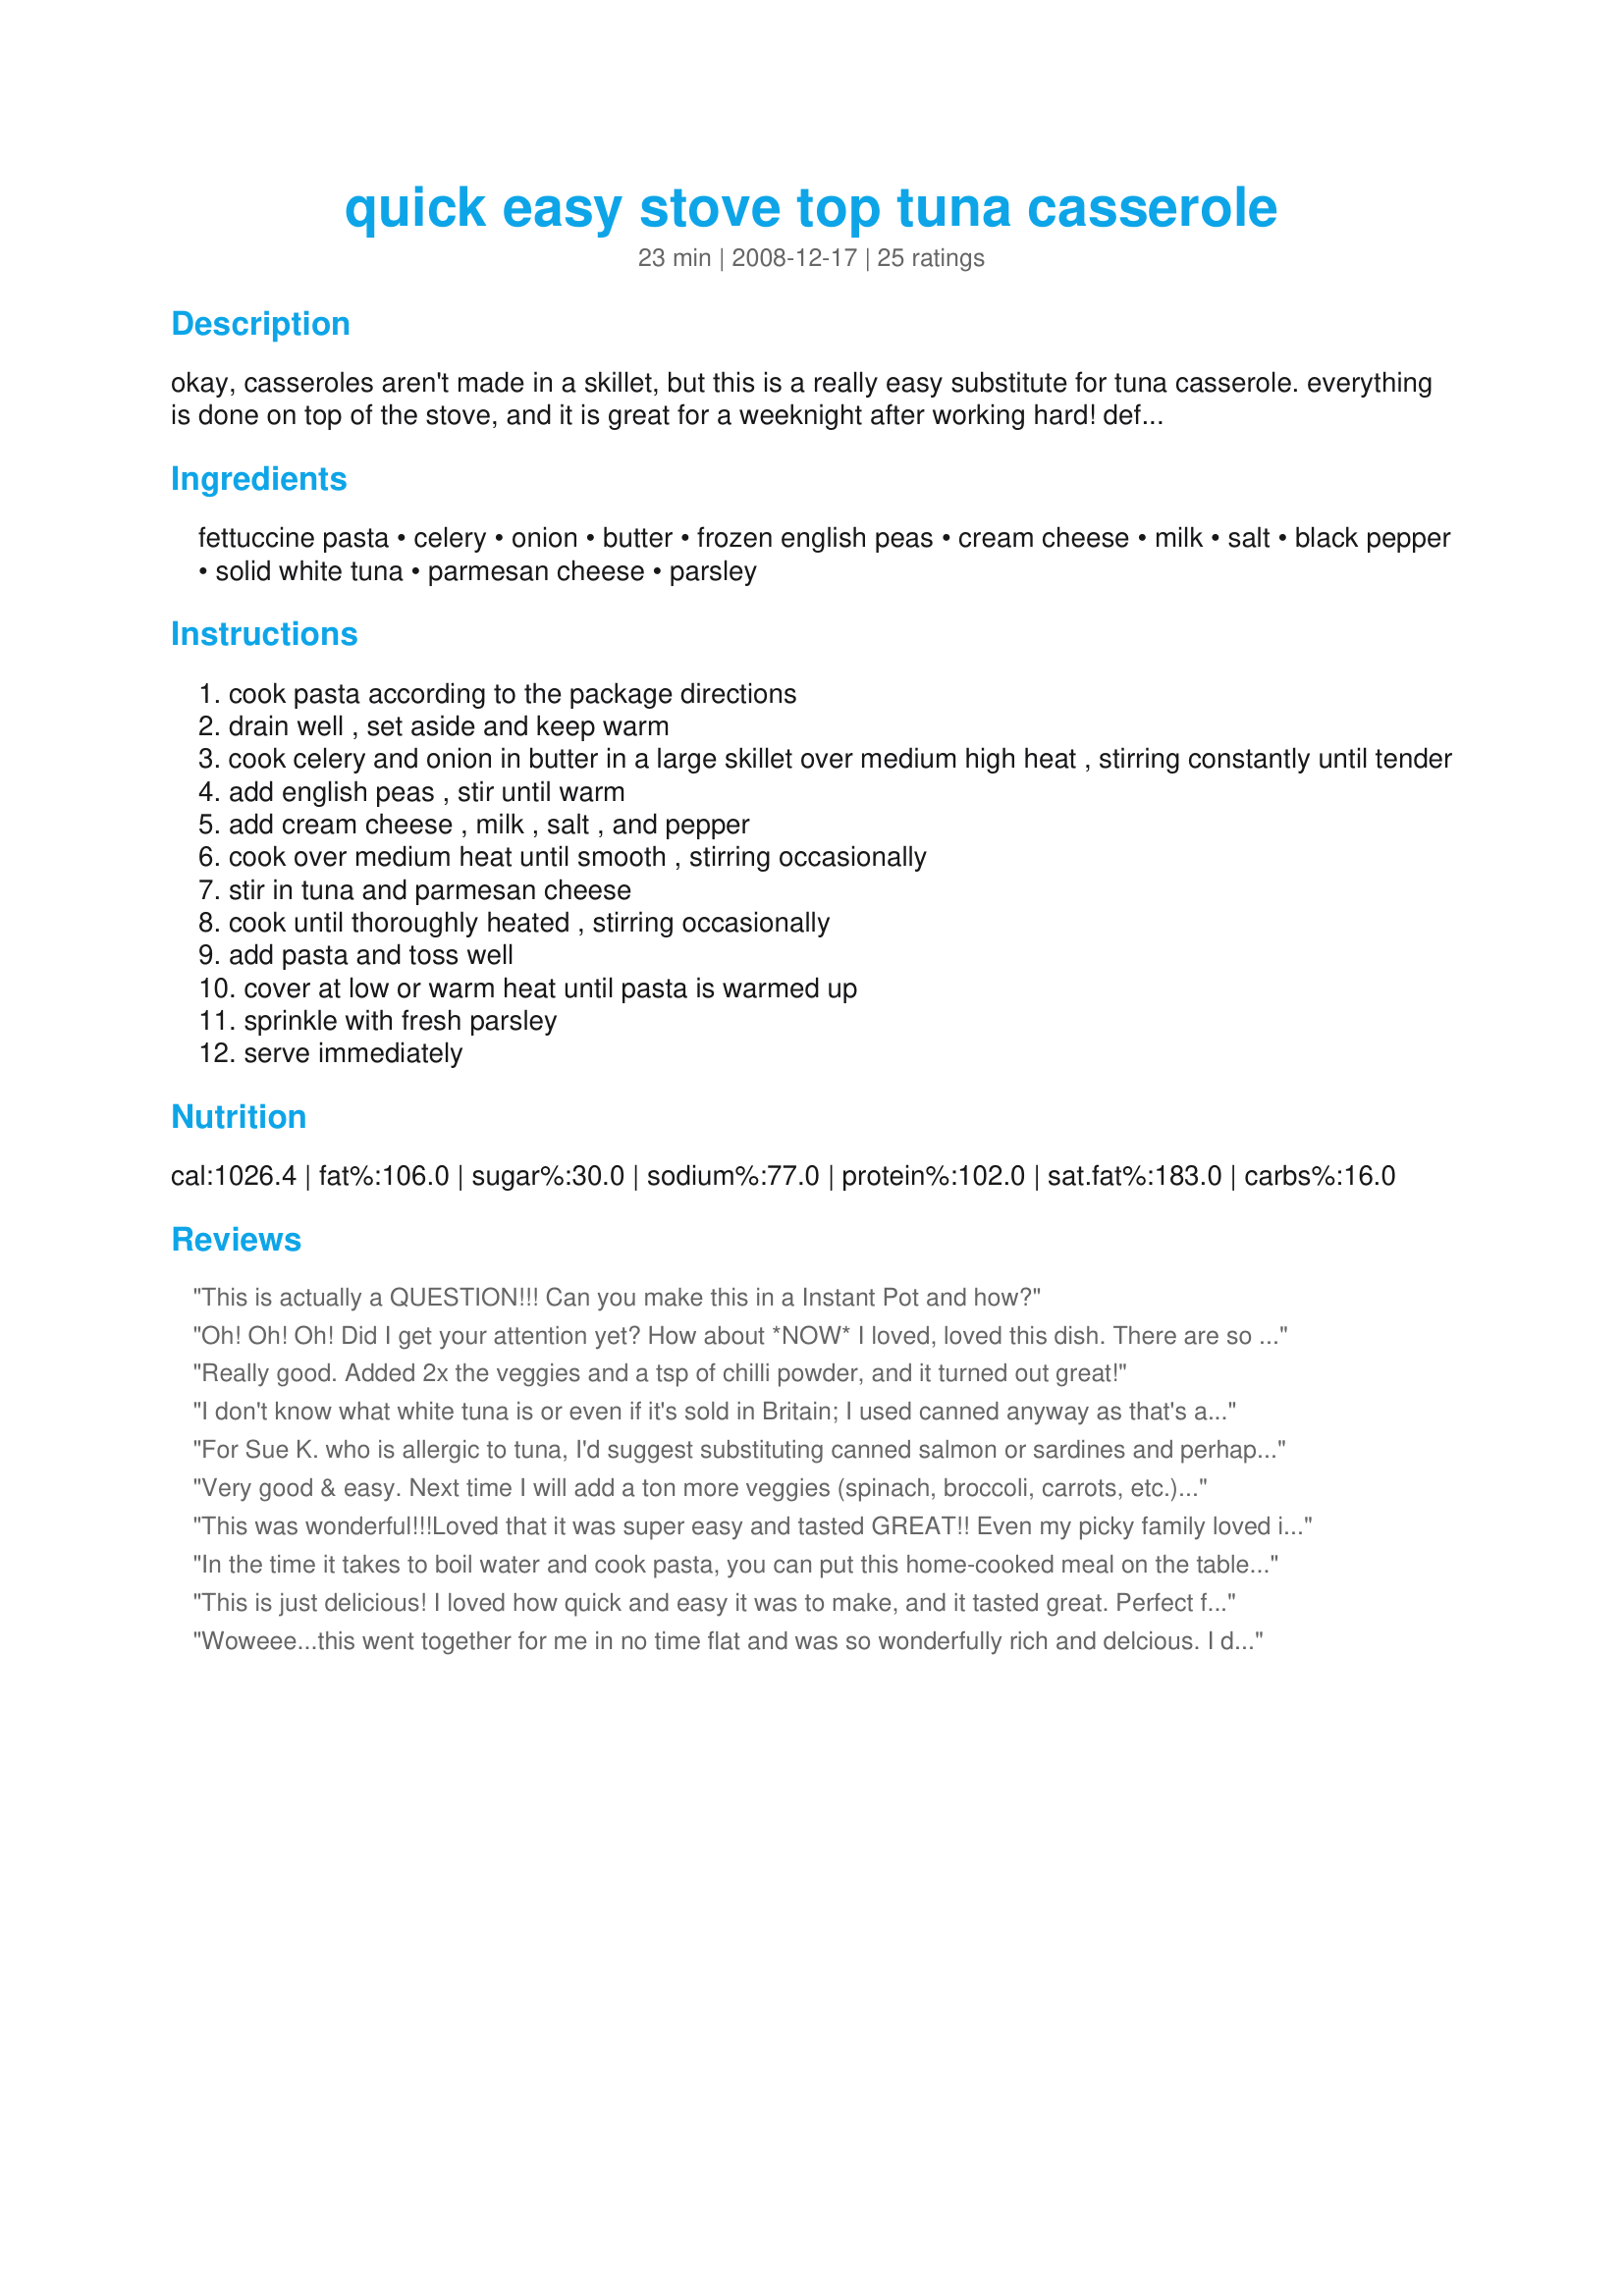
quick easy stove top tuna casserole
Preparation time: 23 minutes

okay, casseroles aren't made in a skillet, but this is a really easy substitute for tuna casserole. everything is done on top of the stove, and it is great for a weeknight after working hard! definitely not gourmet fare, so if that is what you are looking for, please don't try and review this recipe. this is just a simple, everyday quick and easy dinner.

Ingredients:
fettuccine pasta, celery, onion, butter, frozen english peas, cream cheese, milk, salt, black pepper, solid white tuna, parmesan cheese, parsley

Steps:
cook pasta according to the package directions
drain well , set aside and keep warm
cook celery and onion in butter in a large skillet over medium high heat , stirring constantly until tender
add english peas , stir until warm
add cream cheese , milk , salt , and pepper
cook over medium heat until smooth , stirring occasionally
stir in tuna and parmesan cheese
cook until thoroughly heated , stirring occasionally
add pasta and toss well
cover at low or warm heat until pasta is warmed up
sprinkle with fresh parsley
serve immediately

Reviews:
This is actually a QUESTION!!! Can you make this in a Instant Pot and how?
Oh! Oh! Oh! Did I get your attention yet? How about *NOW* I loved, loved this dish. There are so many things that are great about this great recipe by Breezermom. First, so wonderful going to your cupboard, taking out a tin of tuna, and knowing you have all the ingredients right in front of you. I followed this exactly, knowing I was on my way to a pleasurable, sit down, and come an' get it quick supper. Wait a minute! *Yikes* I did have everything cept' the peas. I hate to sub ingredients when reviewing, but in the case, I thought the broccoli would be a great addition, so hurried up, zapped them in the microwave, drained em' and put em' right in. Oh so tasty~ followed exactly from there, this doesn't need anything else except a fork. And a stick to keep everybody from grabbing it from you. Thanks, Breezermom, Made for your Grand Win! *Everyday Is A Holiday* 12 Days of Christmas! December 2008
Really good. Added 2x the veggies and a tsp of chilli powder, and it turned out great!
I don't know what white tuna is or even if it's sold in Britain; I used canned anyway as that's all I had when I saw this. I really fancied something cheesy &amp; pasta, so it really hit the spot!! Will make again with some variations/additions from the review section - tomorrow! I served with a salad that included mushrooms, heated in the microwave, just to room temp/warm, so as not to cool the pasta. The only suggestion as to cooking, I'd forget cooking the pasta first/setting aside, it takes twice as long that way; start cooking the rest of the ingredients as the pasta is cooking.
For Sue K. who is allergic to tuna, I'd suggest substituting canned salmon or sardines and perhaps add a little fish sauce...
Very good & easy. Next time I will add a ton more veggies (spinach, broccoli, carrots, etc.). Also, be sure to season well with salt & pepper, as it could be pretty bland without it. Thank you!
This was wonderful!!!Loved that it was super easy and tasted GREAT!! Even my picky family loved it. The only thing is.....I doubled the recipe to serve 4 and it was too much. This makes enough for 4 even though it says it serves 2. Will definately make again...........
In the time it takes to boil water and cook pasta, you can put this home-cooked meal on the table to please the family. I skinnied mine up a bit with ff cream cheese and whole wheat spaghetti. I also doubled the tuna and added a bit more milk and pasta to make another serving. We loved it and I have enough for lunch tomorrow! Made for Potluck Tag.
This is just delicious! I loved how quick and easy it was to make, and it tasted great. Perfect for when I don't have too much time to crank out a meal. My husband gave it 5 stars too. Thanks so much, this recipe is a real keeper!
Woweee...this went together for me in no time flat and was so wonderfully rich and delcious. I did omit the veggies per families request. The creamcheese is a lovely addition to the normal tunanoodle casserole. Thanks!~
Made for ZaarStars.
Yum! I got this together in 15 minutes flat for lunch! I didn't have celery so I grated a carrot in, which I will definitely do again. Lots of room for different veggies, almost anything would go. Used whole wheat egg noodles.
Made this for lunch yesterday but cut the recipe in half and left out the peas for taste preference. I was going between 4 and 5 stars on this one, as I felt the cream cheese was too overpowering, but loved that it was stove top made and uses ingredients I normally have on hand. I would definitely make again but would use a flavored cream cheese like FT did with the boursin cheese and cut it back in amount. Thanks for sharing breezermom. Made for holiday tag.
GORGEOUS and SO easy!!! Made today for lunch and VERY much enjoyed! I used spaghetti in place of fettuccine, and I am hanging on to this recipe, as it is PERFECT as a stand by for "what shall we have for lunch today" recipe! LOVED the addition of the cream cheese, I used Boursin left over from Christmas........and I added extra parmesan cheese, as we are real cheeseheads!! Made as the prize for Santa's Grotto in Holiday Tag - merci Breezer! FT:-)
I am sure this is yummy. When I was young this was a favorite winter dish. Unfortunately as an adult I developed some type of allergy and tuna was one of the first food items that caused an issue. No it is not a seafood allergy. I tried making tuna noodle casserole when I had that yen with chicken. It just does not get it. Someone needs to come up with eau of tuna (smell and taste LOL) for those of us that cannot eat it.
The hubby missed the mushrooms...that&#039;s a quick fix next time...we both thought it was very rich...and very filling...this makes at least 3-4 servings...I made it with homemade canned tuna...what I really enjoyed was the ease of preparation and how quickly it cooks...made this for dinner after getting home late...loved the crunch of the celery...made for FYC tag game...
What a great quick, easy and tasty meal! I love a dish you can get together quickly with pantry staples and this fit the bill. I used fat free cream cheese and only about 2/3 of what was called for and that was perfect for us. I had half a bag of peas in the freezer so I used that and it was probably a bit more than specified. Tasty and filling - a real weeknight winner - thanks for sharing the recipe!
I have to add my 5 stars to the rest. Simply delicious and simple to make. It's one of those recipes that you turn to when nothing is defrosted and you don't know what to make. I used fat free cream cheese, skim milk and multigrain pasta to trim back on the fat. Really Yummy!!
Super quick and easy to make. This is just perfect for those nights you need something quick for dinner and you hadn't really planned ahead. We didn't add the peas becase of DD preferences. Made for PRMR
Made for 123 tag.
Not much I can add that others have'nt already mentioned except to say...its simple tasty and quick to make!
Quick and easy supper but I felt the dish was too rich and heavy with 8 oz. of cream cheese--even with the reduced fat type I used. Prefer the traditional tuna casserole with a roux-based milk sauce.
What a great hot weather dish when you're feeling hungry and don't want to heat up the kitchen and all made - as French Tart and Andi have commented on - from staple ingredients. Except for adding some minced garlic in step two, I made this exactly to the recipe... well, I'm not entirely sure about the peas. It just said "frozen peas" on the packet, so I'm not sure that they were English! This was so creamy and flavoursome: a very satisfying meal. Thank you for sharing this recipe, breezermom. Made for Newest Zaar Tag.
We loved this! I'm always looking for new and quick weeknight dinners. This tastes fantastic and is so easy to make. Great flavour and it's just good, yummy food with nothing fancy!
Very tasty recipe. I doubled most ingredients except the dairy ingredients and came up with a great tasting &quot;casserole&quot;. Also added zucchini and yellow squash shreds (it is that time of year) instead of peas and again - terrific taste.
Made this for a 'quick & easy' lunch today. I've never added celery to a tuna casserole before, but loved the crunch it added. Thanks breezer for a great simple and tasty keeper. Made for Gimme 5 Tag.
I'm not a big fan of tuna, but for some reason I have a bunch of cans in my pantry, so I decided to try this recipe. I was pleasantly surprised. I really liked the flavor, and my husband ate it without dousing it in Tabasco, which he does to everything that he thinks it "too bland". He told me to put this recipe in my "keepers" file.
